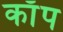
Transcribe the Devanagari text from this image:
काॅप